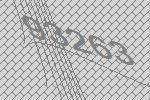
93263